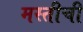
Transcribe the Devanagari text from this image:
मस्तीची